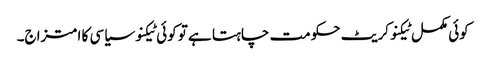
کوئی مکمل ٹیکنوکریٹ حکومت چاہتا ہے تو کوئی ٹیکنو سیاسی کا امتزاج۔